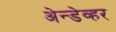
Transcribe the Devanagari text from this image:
अेन्डेव्हर